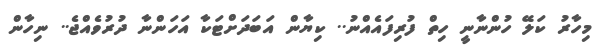
މިހާރު ކަލޭ ހުންނާނީ ހިތް ފުރިފައެއްނު.. ކިޔާން އަބަދަށްޓަކާ އަހަންނާ ދުރުވެއްޖެ.. ނިހާން